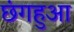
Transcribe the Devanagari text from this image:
छंगहुआ